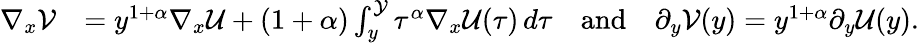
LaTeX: \begin{array}{rl}{\nabla_{x}\mathcal{V}}&{=y^{1+\alpha}\nabla_{x}\mathcal{U}+(1+\alpha)\int_{y}^{\mathcal{Y}}{\tau^{\alpha}\nabla_{x}\mathcal{U}(\tau)\, d\tau}\quad\mathrm{and}\quad\partial_{y}\mathcal{V}(y)=y^{1+\alpha}\partial_{y}\mathcal{U}(y).}\end{array}